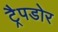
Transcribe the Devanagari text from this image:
ट्रैपडोर